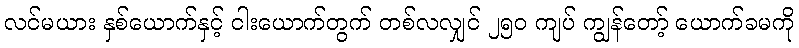
လင်မယား နှစ်ယောက်နှင့် ငါးယောက်တွက် တစ်လလျှင် ၂၅၀ ကျပ် ကျွန်တော့် ယောက်ခမကို